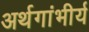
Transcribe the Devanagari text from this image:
अर्थगांभीर्य